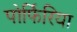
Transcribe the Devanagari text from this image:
पोर्फिरिया